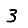
Digit: 3